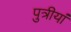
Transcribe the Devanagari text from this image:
पुत्रीयां